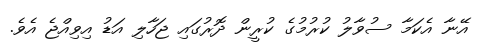
އޭނާ އެކަމާ ސުވާލު ކުރުމުގެ ކުރީން ދޮރުގައި ޖަހާލި އަޑު އިވިއްޖެ އެވެ.